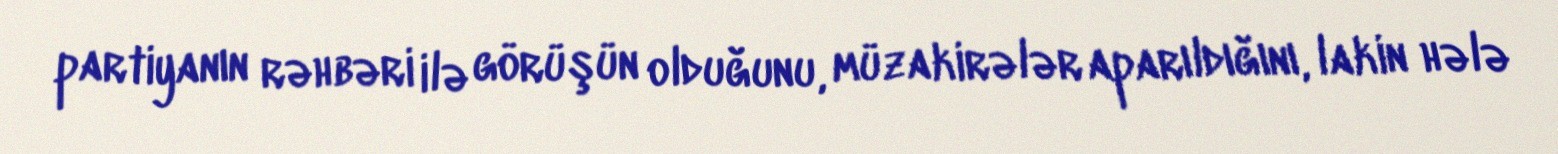
partiyanın rəhbəri ilə görüşün olduğunu, müzakirələr aparıldığını, lakin hələ